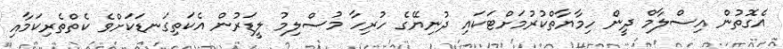
އެގޮތުން އިސްލާމް ދީން ހިމާޔާތްކުރުމަށްޓަކައި ދުނިޔޭގެ ހުރިހާ މުސްލިމު ލީޑަރުން އެކަތިގަނޑަކަށްވެ ކެތްތެރިކަމާއި